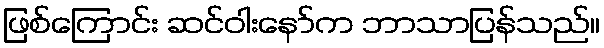
ဖြစ်ကြောင်း ဆင်ဝါးနော်က ဘာသာပြန်သည်။